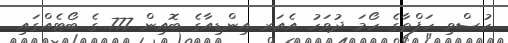
ހުސްވި ހަފްތާގެ ހޯމަ ދުވަހު އެއަރ އިންޑިއާގެ ބޮއިން 777 ގެ ބޯޓެއްގައި